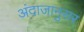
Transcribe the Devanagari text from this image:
अंदाजानुसर